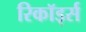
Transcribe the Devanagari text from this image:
रिकॉर्ड्स